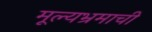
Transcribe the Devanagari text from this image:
मूल्यभ्रमाची